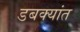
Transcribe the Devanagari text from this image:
डबक्यांत